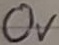
Text: 0V